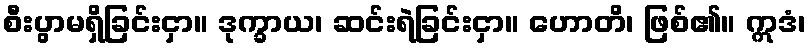
စီးပွာမရှိခြင်းငှာ။ ဒုက္ခာယ၊ ဆင်းရဲခြင်းငှာ။ ဟောတိ၊ ဖြစ်၏။ ဣဒံ၊